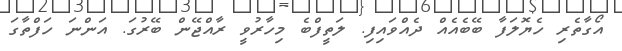
އޯގާތެރި ހެޔޮލަފާ ބޭބެއެއް ދެއްވައިފި. ލަތީފްބެ މިހާރުވީ ރާއްޖޭން ބޭރުގަ. އަންނަ ހަފްތާގަ